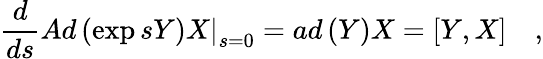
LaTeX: \frac d{ds}\left.Ad\left(\exp sY\right)X\right|_{s=0}=ad\left(Y\right)X=\left[Y,X\right]\quad,